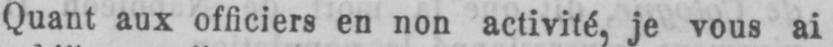
Quant aux officiers en non activité, je vous ai